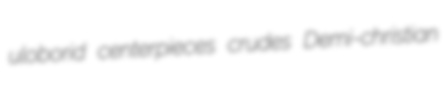
uloborid centerpieces crudes Demi-christian